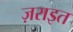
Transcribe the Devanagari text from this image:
ज़राइत